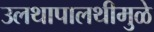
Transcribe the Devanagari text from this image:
उलथापालथीमुळे